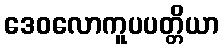
ဒေဝလောကူပပတ္တိယာ